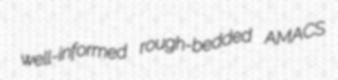
well-informed rough-bedded AMACS